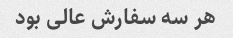
هر سه سفارش عالی بود